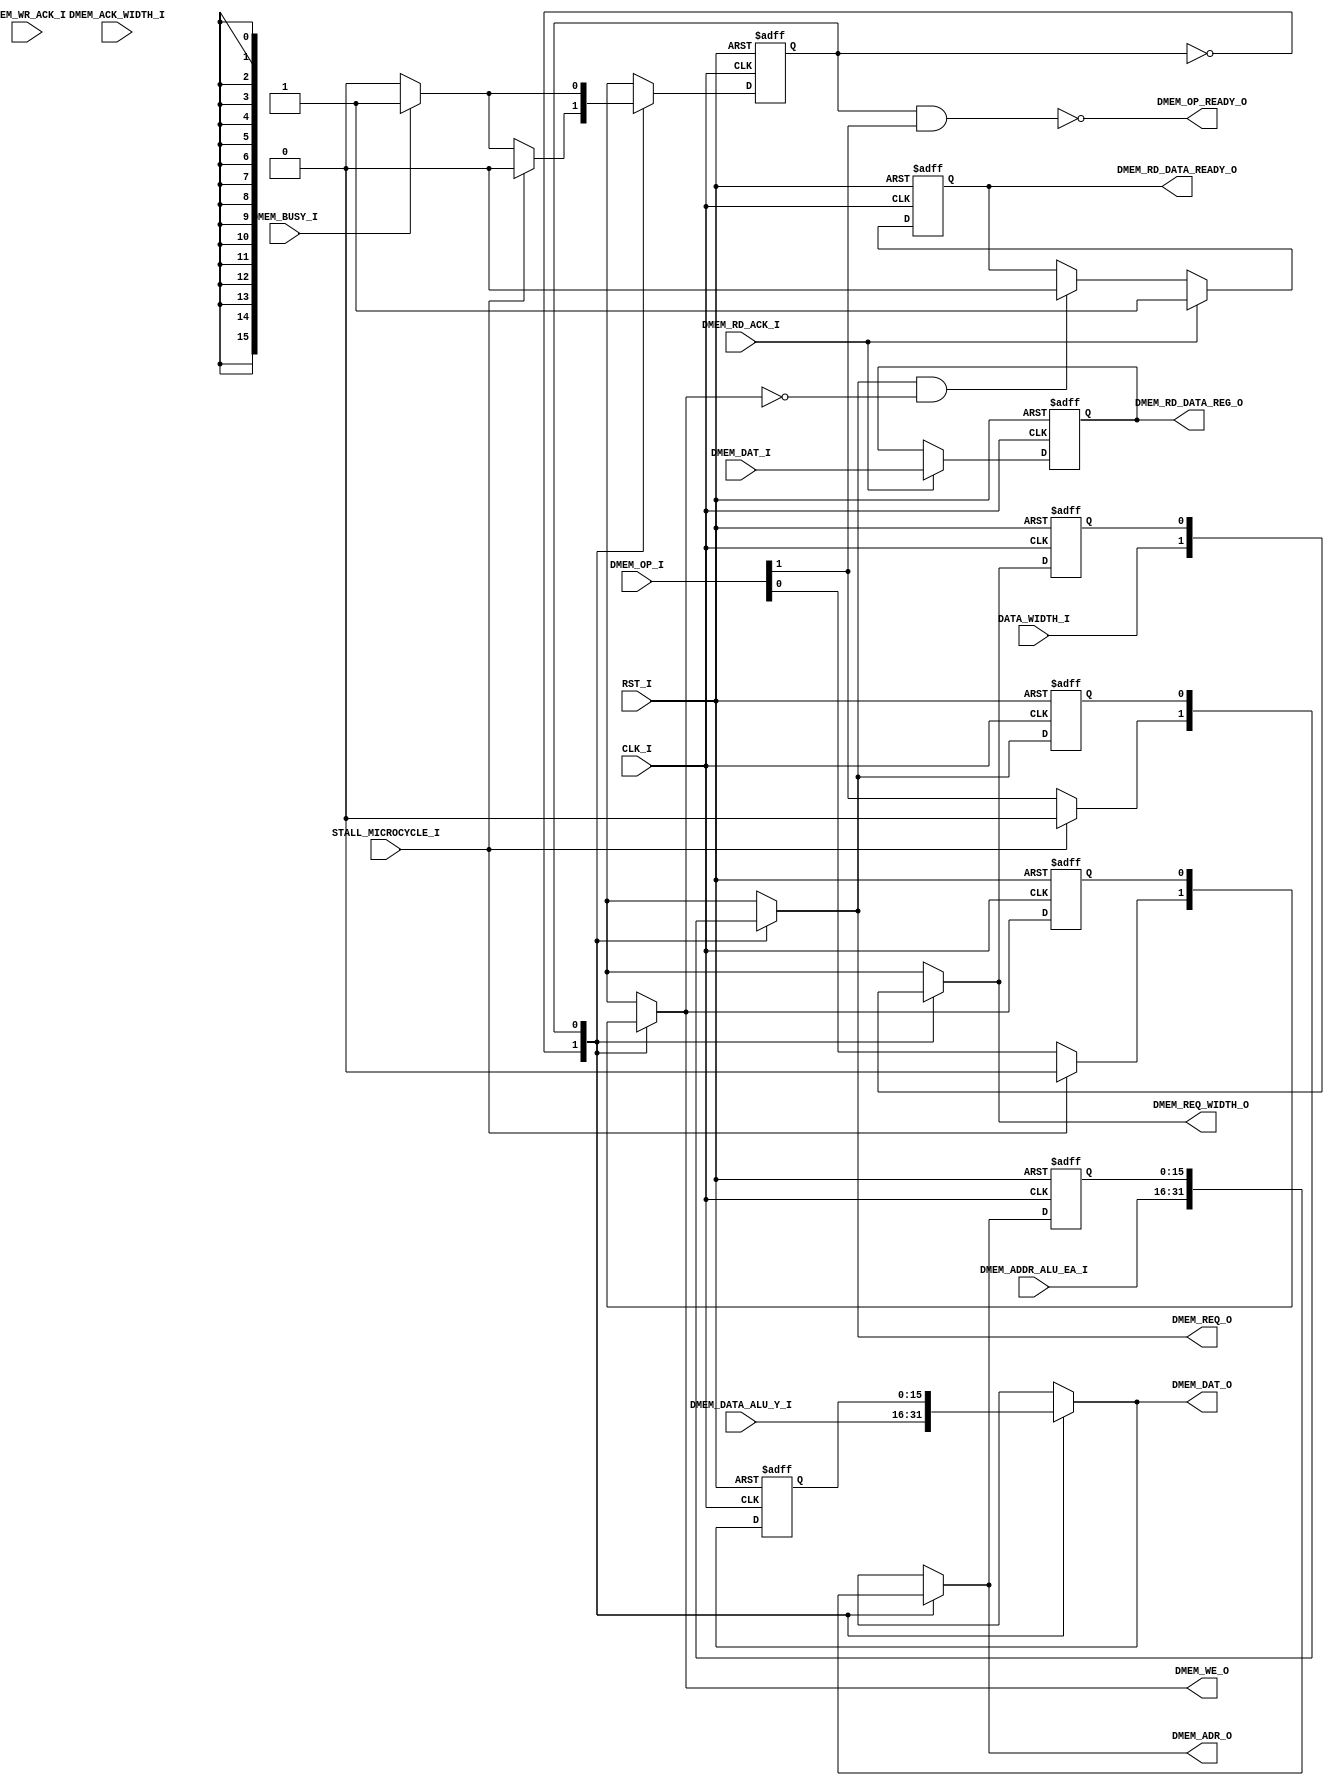
// [TURBO9_HEADER_START]
//////////////////////////////////////////////////////////////////////////////
//                          Turbo9 Microprocessor IP
//////////////////////////////////////////////////////////////////////////////
// Website: www.turbo9.org
// Contact: team[at]turbo9[dot]org
//////////////////////////////////////////////////////////////////////////////
// [TURBO9_LICENSE_START]
// BSD-1-Clause
//
// Copyright (c) 2020-2023
// Kevin Phillipson
// Michael Rywalt
// All rights reserved.
//
// Redistribution and use in source and binary forms, with or without
// modification, are permitted provided that the following conditions are met:
//
// 1. Redistributions of source code must retain the above copyright notice,
//    this list of conditions and the following disclaimer.
//
// THIS SOFTWARE IS PROVIDED BY THE COPYRIGHT HOLDERS AND CONTRIBUTORS "AS IS"
// AND ANY EXPRESS OR IMPLIED WARRANTIES, INCLUDING, BUT NOT LIMITED TO, THE
// IMPLIED WARRANTIES OF MERCHANTABILITY AND FITNESS FOR A PARTICULAR PURPOSE
// ARE DISCLAIMED. IN NO EVENT SHALL THE COPYRIGHT HOLDERS AND CONTRIBUTORS BE
// LIABLE FOR ANY DIRECT, INDIRECT, INCIDENTAL, SPECIAL, EXEMPLARY, OR
// CONSEQUENTIAL DAMAGES (INCLUDING, BUT NOT LIMITED TO, PROCUREMENT OF
// SUBSTITUTE GOODS OR SERVICES; LOSS OF USE, DATA, OR PROFITS; OR BUSINESS
// INTERRUPTION) HOWEVER CAUSED AND ON ANY THEORY OF LIABILITY, WHETHER IN
// CONTRACT, STRICT LIABILITY, OR TORT (INCLUDING NEGLIGENCE OR OTHERWISE)
// ARISING IN ANY WAY OUT OF THE USE OF THIS SOFTWARE, EVEN IF ADVISED OF THE
// POSSIBILITY OF SUCH DAMAGE.
// [TURBO9_LICENSE_END]
//////////////////////////////////////////////////////////////////////////////
// Description: The Turbo9 Data Memory Controller for the execute stage
//
//////////////////////////////////////////////////////////////////////////////
// History:
// 07.14.2023 - Kevin Phillipson
//   File header added
//
//////////////////////////////////////////////////////////////////////////////
// [TURBO9_HEADER_END]

/////////////////////////////////////////////////////////////////////////////
//                                MODULE
/////////////////////////////////////////////////////////////////////////////
module turbo9_data_mem_ctrl
(
  // Inputs: Clock & Reset
  input          RST_I,
  input          CLK_I,
  input          STALL_MICROCYCLE_I, //FIXME using this is not optimal. We want the state machine to start ASAP.

  // Execution Stage Interface
  input    [1:0] DMEM_OP_I,
  output         DMEM_OP_READY_O,
  output  [15:0] DMEM_RD_DATA_REG_O,
  output         DMEM_RD_DATA_READY_O,
  input   [15:0] DMEM_DATA_ALU_Y_I,
  input   [15:0] DMEM_ADDR_ALU_EA_I,

  // Indirect Addressing / 8bit or 16bit Instruction
  input          DATA_WIDTH_I,

  // Data Memory Interface
  output  [15:0] DMEM_DAT_O,
  input   [15:0] DMEM_DAT_I,
  output  [15:0] DMEM_ADR_O,
  input          DMEM_BUSY_I,
  output         DMEM_REQ_O,
  output         DMEM_REQ_WIDTH_O,
  output         DMEM_WE_O,
  input          DMEM_RD_ACK_I,
  input          DMEM_WR_ACK_I,
  input          DMEM_ACK_WIDTH_I

);

/////////////////////////////////////////////////////////////////////////////
//                             INTERNAL SIGNALS
/////////////////////////////////////////////////////////////////////////////

//////////////////////////////////////// DMEM_OP_I defines
//
// Note this encoding is critical.
// MSB is a "one-hot"
localparam  DMEM_OP_IDLE  = 2'b00; // EQU $0
localparam  DMEM_OP_RD    = 2'b10; // EQU $2
localparam  DMEM_OP_WR    = 2'b11; // EQU $3

//////////////////////////////////////// DATA_WIDTH_I defines
//
// This must match the MSB of the *_REG_SEL control vectors
localparam  WIDTH_16 =  1'b0;
localparam  WIDTH_8  =  1'b1;

reg   [15:0] dmem_dat_o_reg;
reg   [15:0] dmem_dat_o_nxt;
localparam   dmem_dat_o_rst = 16'h0000;

reg   [15:0] dmem_adr_o_reg;
reg   [15:0] dmem_adr_o_nxt;
localparam   dmem_adr_o_rst = 16'h0000;

reg          dmem_req_o_reg;
reg          dmem_req_o_nxt;
localparam   dmem_req_o_rst = 1'b0;

reg          dmem_we_o_reg;
reg          dmem_we_o_nxt;
localparam   dmem_we_o_rst = 1'b0;

reg          dmem_req_width_o_reg;
reg          dmem_req_width_o_nxt;
localparam   dmem_req_width_o_rst = WIDTH_8;

reg          dmem_state_reg;
reg          dmem_state_nxt;
localparam   DMEM_STATE_OP_ACCEPT   = 1'b0;
localparam   DMEM_STATE_OP_WAIT     = 1'b1;
localparam   dmem_state_rst = DMEM_STATE_OP_ACCEPT;

reg          dmem_rd_data_ready_reg;
reg          dmem_rd_data_ready_nxt;
localparam   dmem_rd_data_ready_rst = 1'b0;

reg   [15:0] dmem_rd_data_reg;
reg   [15:0] dmem_rd_data_nxt;
localparam   dmem_rd_data_rst = 16'h0000;

/////////////////////////////////////////////////////////////////////////////



/////////////////////////////////////////////////////////////////////////////
//                            NEXT STATE LOGIC
/////////////////////////////////////////////////////////////////////////////
//


always @* begin
  
  // Default State
  dmem_state_nxt        = DMEM_STATE_OP_ACCEPT;

  dmem_dat_o_nxt        = DMEM_DATA_ALU_Y_I;
  dmem_adr_o_nxt        = DMEM_ADDR_ALU_EA_I;
  dmem_req_o_nxt        = 1'b0;
  dmem_we_o_nxt         = 1'b0;
  dmem_req_width_o_nxt  = DATA_WIDTH_I;

  // Next State Logic
  case (dmem_state_reg)
    DMEM_STATE_OP_ACCEPT: begin
      //
      if (~STALL_MICROCYCLE_I) begin //FIXME Using this stall signal is safe but not optimal!!!!
        
        dmem_dat_o_nxt        = DMEM_DATA_ALU_Y_I;
        dmem_adr_o_nxt        = DMEM_ADDR_ALU_EA_I;
        dmem_req_o_nxt        = DMEM_OP_I[1];
        dmem_we_o_nxt         = DMEM_OP_I[0];
        dmem_req_width_o_nxt  = DATA_WIDTH_I;

        if (DMEM_BUSY_I) begin
          dmem_state_nxt = DMEM_STATE_OP_WAIT;
        end else begin
          dmem_state_nxt = DMEM_STATE_OP_ACCEPT;
        end

      end else begin
        dmem_state_nxt = DMEM_STATE_OP_ACCEPT;
      end
    end
    //
    DMEM_STATE_OP_WAIT: begin
        dmem_dat_o_nxt        = dmem_dat_o_reg;
        dmem_adr_o_nxt        = dmem_adr_o_reg;
        dmem_req_o_nxt        = dmem_req_o_reg;
        dmem_we_o_nxt         = dmem_we_o_reg;
        dmem_req_width_o_nxt  = dmem_req_width_o_reg;

        if (DMEM_BUSY_I) begin
          dmem_state_nxt = DMEM_STATE_OP_WAIT;
        end else begin
          dmem_state_nxt = DMEM_STATE_OP_ACCEPT;
        end
    end
    //
  endcase
end
/////////////////////////////////////////////////////////////////////////////



/////////////////////////////////////////////////////////////////////////////
//               MEMORY ACCESS TAG FIFO & WISHBONE OUTPUT REGISTERS
/////////////////////////////////////////////////////////////////////////////
//

always @(posedge CLK_I, posedge RST_I) begin
  if (RST_I) begin

    dmem_dat_o_reg         <= dmem_dat_o_rst;
    dmem_adr_o_reg         <= dmem_adr_o_rst;
    dmem_req_o_reg         <= dmem_req_o_rst;
    dmem_we_o_reg          <= dmem_we_o_rst;
    dmem_req_width_o_reg   <= dmem_req_width_o_rst;
                          
    dmem_state_reg         <= dmem_state_rst;

    dmem_rd_data_ready_reg <= dmem_rd_data_ready_rst;
    dmem_rd_data_reg       <= dmem_rd_data_rst;

  end else begin

    dmem_dat_o_reg        <= dmem_dat_o_nxt;
    dmem_adr_o_reg        <= dmem_adr_o_nxt;
    dmem_req_o_reg        <= dmem_req_o_nxt;
    dmem_we_o_reg         <= dmem_we_o_nxt;
    dmem_req_width_o_reg  <= dmem_req_width_o_nxt;

    dmem_state_reg        <= dmem_state_nxt;

    if (DMEM_RD_ACK_I) begin
      dmem_rd_data_ready_reg <= 1'b1;
    end else if (dmem_req_o_nxt & ~dmem_we_o_nxt) begin
      dmem_rd_data_ready_reg <= 1'b0;
    end

    if (DMEM_RD_ACK_I) begin
      dmem_rd_data_reg       <= DMEM_DAT_I;
    end
 
  end
end

//
/////////////////////////////////////////////////////////////////////////////


/////////////////////////////////////////////////////////////////////////////
//                             ASSIGN OUTPUTS
/////////////////////////////////////////////////////////////////////////////
// Data Memory Interface
//
assign DMEM_OP_READY_O      = ~((dmem_state_reg == DMEM_STATE_OP_WAIT) & DMEM_OP_I[1]);
assign DMEM_RD_DATA_REG_O   = dmem_rd_data_reg;
assign DMEM_RD_DATA_READY_O = dmem_rd_data_ready_reg;

assign DMEM_DAT_O       =  dmem_dat_o_nxt;
assign DMEM_ADR_O       =  dmem_adr_o_nxt;
assign DMEM_REQ_O       =  dmem_req_o_nxt;
assign DMEM_REQ_WIDTH_O =  dmem_req_width_o_nxt;
assign DMEM_WE_O        =  dmem_we_o_nxt;

/////////////////////////////////////////////////////////////////////////////

endmodule